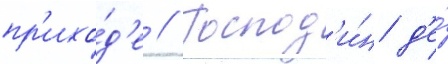
пр'ихо́д'е // Господ'и́н д'е́